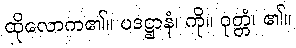
ထိုလောက၏။ ပဒဋ္ဌာနံ၊ ကို။ ဝုတ္တံ၊ ၏။